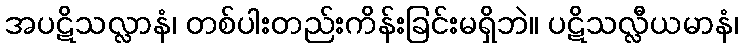
အပဋိသလ္လာနံ၊ တစ်ပါးတည်းကိန်းခြင်းမရှိဘဲ။ ပဋိသလ္လီယမာနံ၊